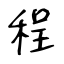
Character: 程